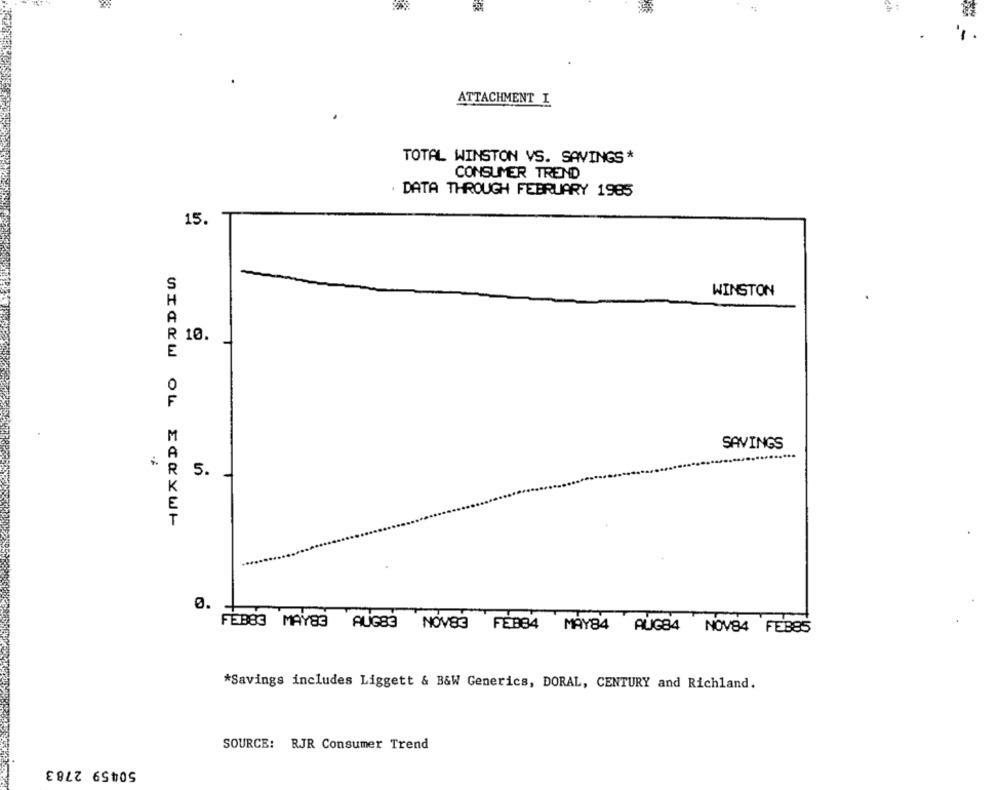
'1.
ATTACHMENT I
TOTAL WINSTON VS. SAVINGS*
CONSUMER TREND
DATA THROUGH FEBRUARY 1985
15.
WINSTON
10
SAVINGS
.......
5.
GICKW OU ECKYWY
0.
FEBBG MAYS3 AUG83 NOV83 FEBB4 MAY84 AUG84 NOV84 FEBBS
*Savings includes Liggett & B&W Generics, DORAL, CENTURY and Richland.
SOURCE: RJR Consumer Trend
50459 2783